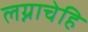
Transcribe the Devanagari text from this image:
लग्नाचेहि